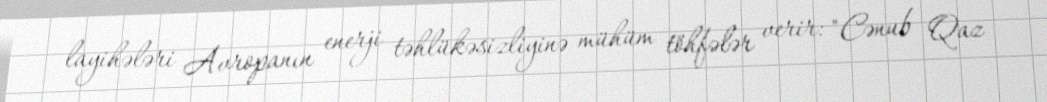
layihələri Avropanın enerji təhlükəsizliyinə mühüm töhfələr verir: "Cənub Qaz